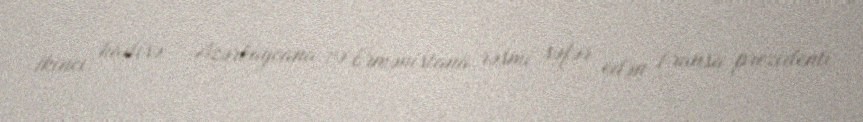
İkinci hadisə - Azərbaycana və Ermənistana rəsmi səfər edən Fransa prezidenti